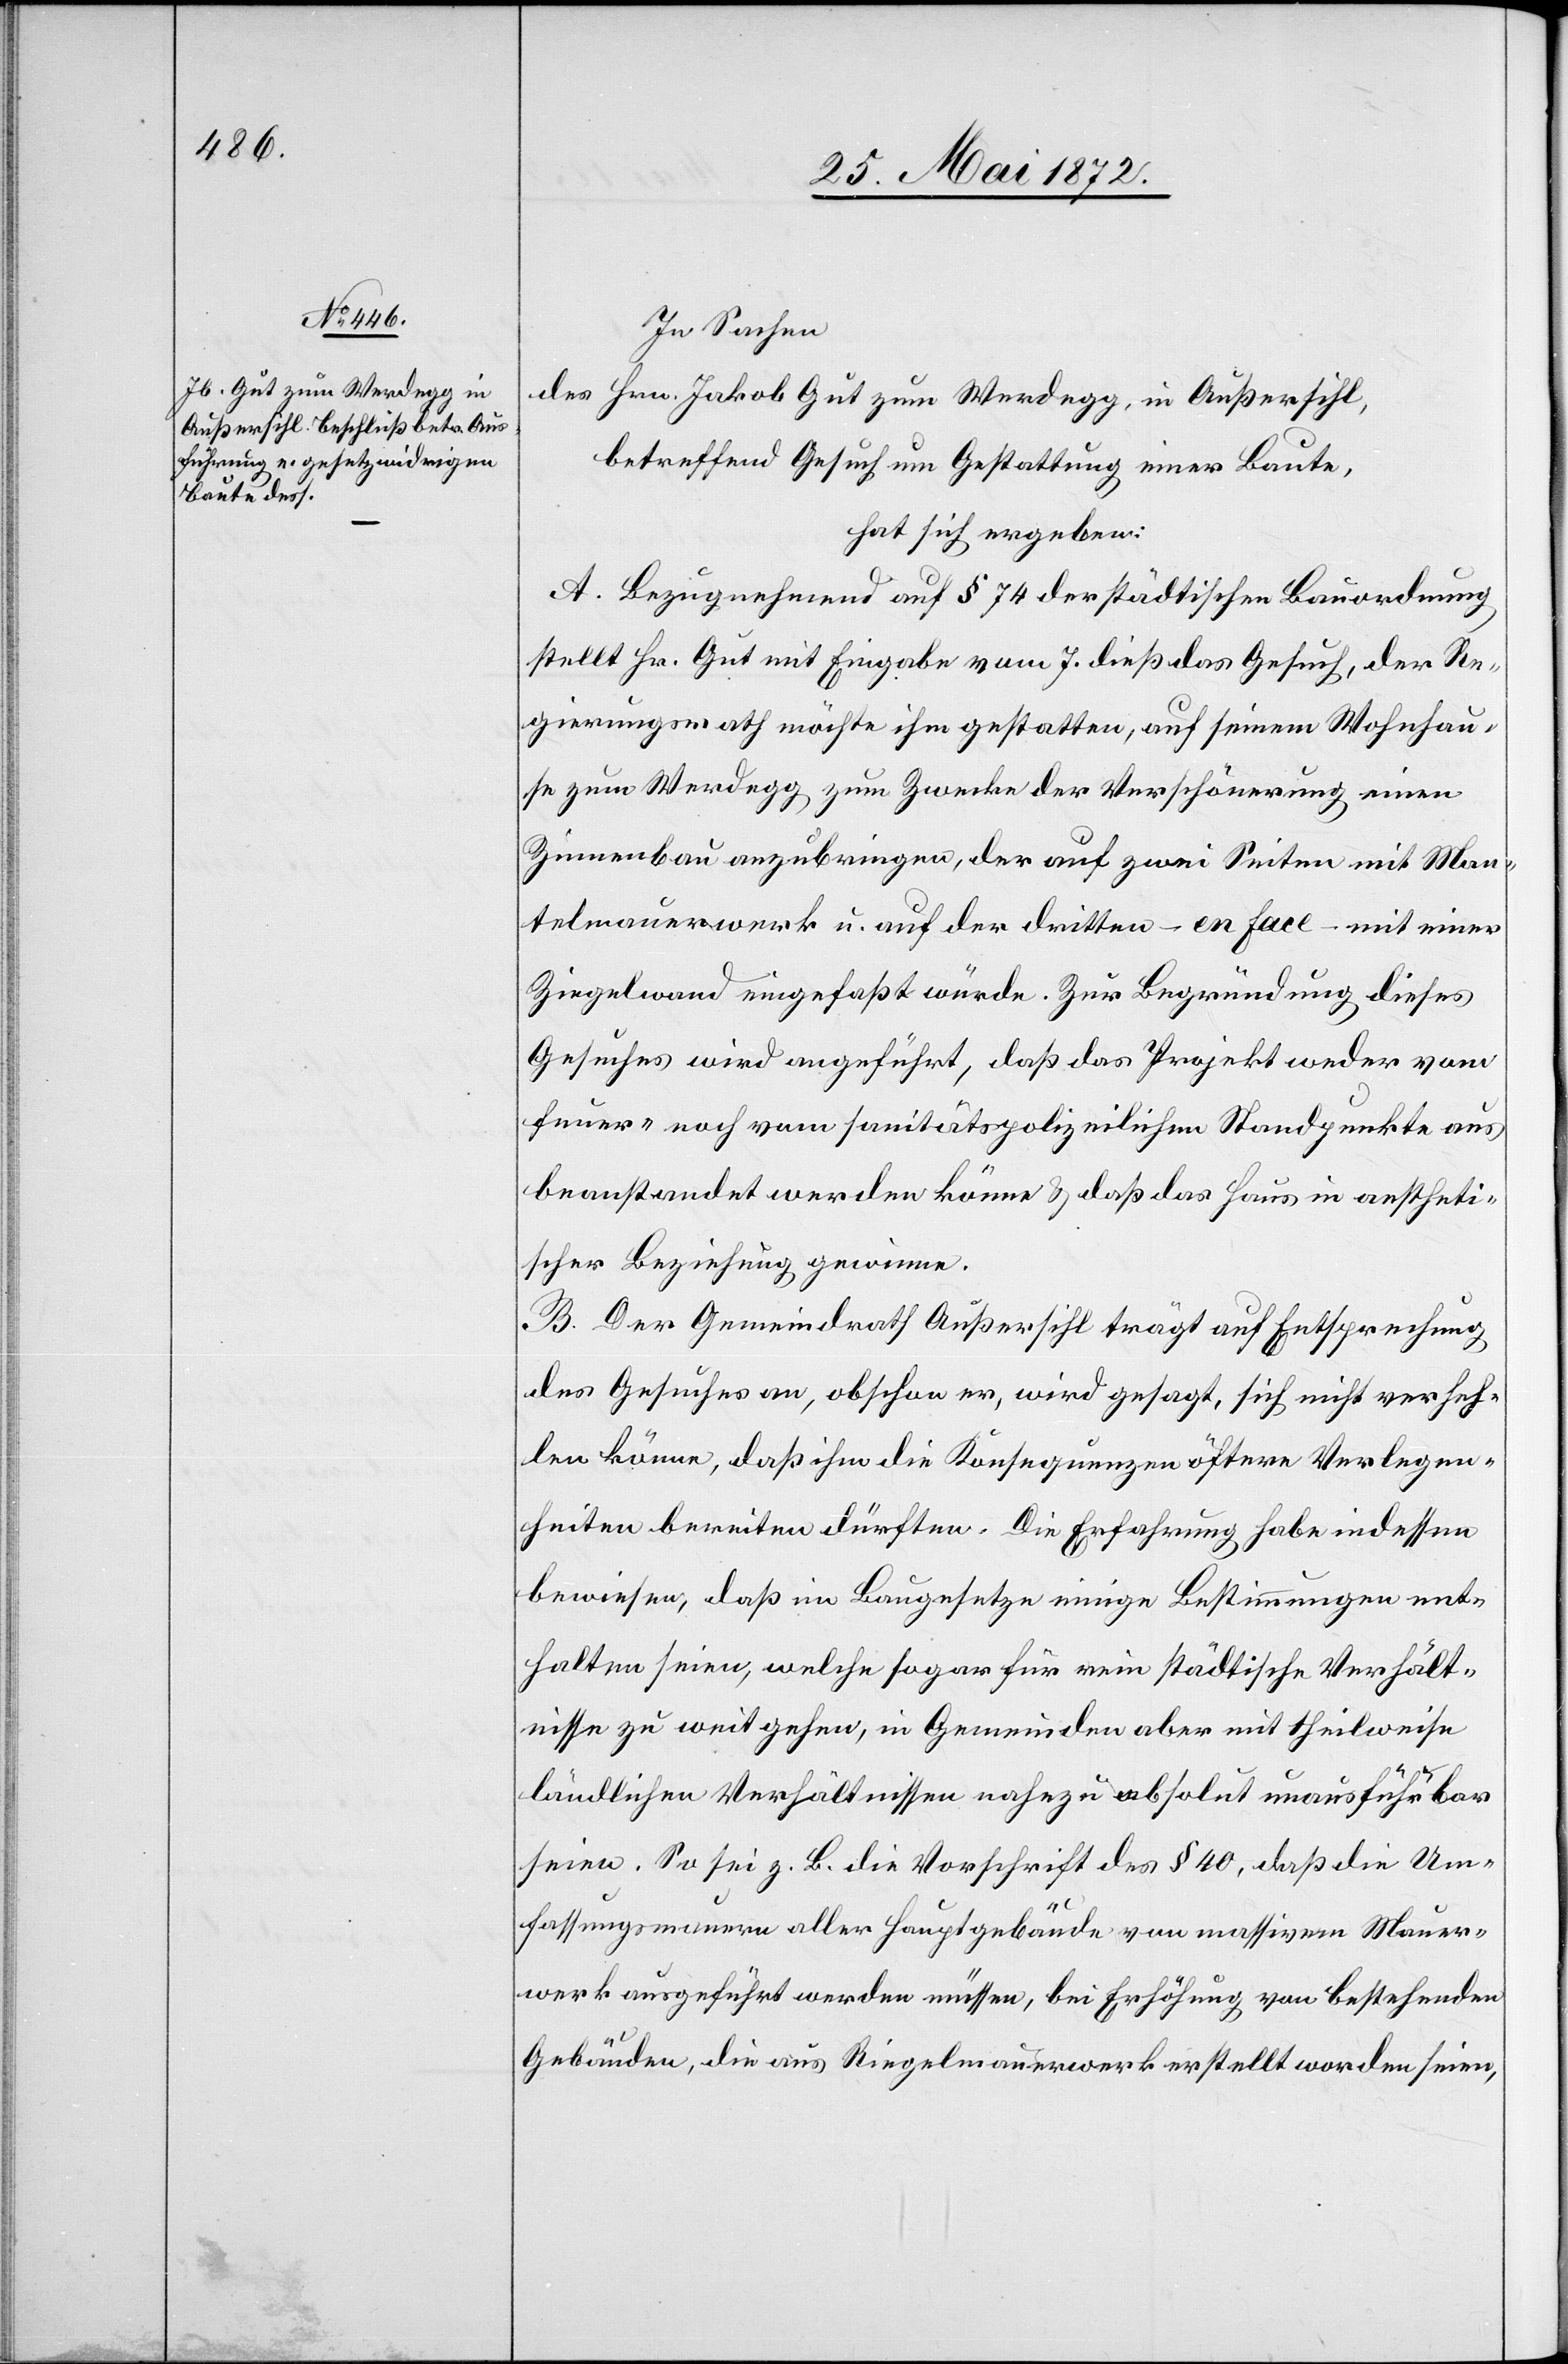
In Sachen
des Hrn. Jakob Gut zum Werdegg, in Außersihl,
betreffend Gesuch um Gestattung einer Baute,
hat sich ergeben:
A. Bezugnehmend auf § 74 der städtischen Bauordnung
stellt Hr. Gut mit Eingabe vom 7. dieß das Gesuch, der Re¬
gierungsrath möchte ihm gestatten, auf seinem Wohnhau¬
se zum Werdegg zum Zwecke der Verschönerung einen
Zinnenbau anzubringen, der auf zwei Seiten mit Man¬
telmauerwerk u. auf der dritten – en face – mit einer
Ziegelwand eingefaßt würde. Zur Begründung dieses
Gesuches wird angeführt, daß das Projekt weder vom
Feuer- noch vom sanitätspolizeilichen Standpunkte aus
beanstandet werden könne, u. daß das Haus in aestheti¬
scher Beziehung gewinne.
B. Der Gemeindrath Außersihl trägt auf Entsprechung
des Gesuches an, obschon er, wird gesagt, sich nicht verheh¬
len könne, daß ihm die Konsequenzen öftere Verlegen¬
heiten bereiten dürften. Die Erfahrung habe in dessen
bewiesen, daß im Baugesetze einige Bestimmungen ent¬
halten seien, welche sogar für rein städtische Verhält¬
nisse zu weit gehen, in Gemeinden aber mit theilweise
ländlichen Verhältnissen nahezu absolut unausführbar
seien. So sei z. B. die Vorschrift des § 40, daß die Um¬
fassungsmauern aller Hauptgebäude von massivern [sic!] Mauer¬
werk ausgeführt werden müssen, bei Erhöhung von bestehenden
Gebäuden, die aus Riegelmauerwerk erstellt worden seien,